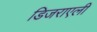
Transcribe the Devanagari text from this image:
डिजराएली